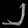
Digit: ၂